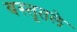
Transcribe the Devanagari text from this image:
वस्तूतले